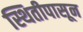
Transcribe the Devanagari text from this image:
स्थितीपासून